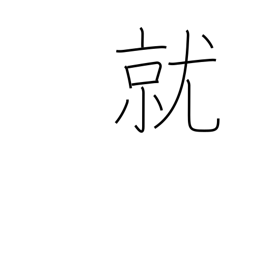
Meaning: take position